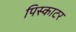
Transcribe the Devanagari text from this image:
पिस्काटर